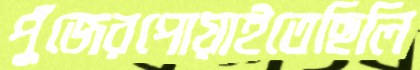
পুঁজেরপোয়াইতেছিলি